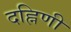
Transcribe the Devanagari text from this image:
दह्निणी